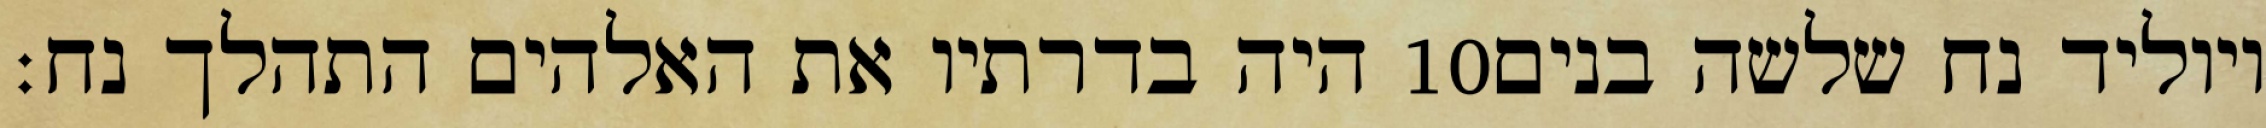
היה בדרתיו את האלהים התהלך נח׃ ‎10‏ ויוליד נח שלשה בנים